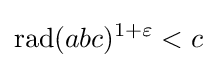
\operatorname {rad} (abc)^{1+\varepsilon }<c